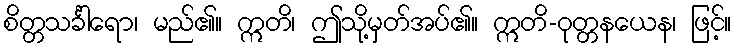
စိတ္တသင်္ခါရော၊ မည်၏။ ဣတိ၊ ဤသို့မှတ်အပ်၏။ ဣတိ-ဝုတ္တနယေန၊ ဖြင့်။